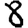
Digit: 8